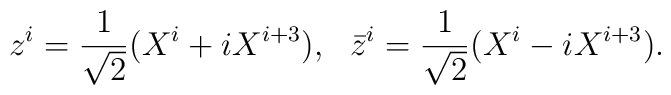
z^i= \frac{1}{\sqrt{2}} (X^i + i X^{i+3}),~~\bar{z}^i= \frac{1}{\sqrt{2}} (X^i - i X^{i+3}).